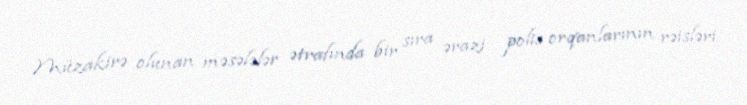
Müzakirə olunan məsələlər ətrafında bir sıra ərazi polis orqanlarının rəisləri